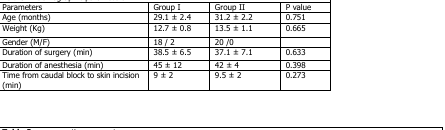
| Parameters | Group I | Group II | P value |
 | --- | --- | --- | --- |
 | Age (months) | 29.1 ± 2.4 | 31.2 ± 2.2 | 0.751 |
 | Weight (Kg) | 12.7 ± 0.8 | 13.5 ± 1.1 | 0.665 |
 | Gender (M/F) | 18 / 2 | 20 /0 |  |
 | Duration of surgery (min) | 38.5 ± 6.5 | 37.1 ± 7.1 | 0.633 |
 | Duration of anesthesia (min) | 45 ± 12 | 42 ± 4 | 0.398 |
 | Time from caudal block to skin incision (min) | 9 ± 2 | 9.5 ± 2 | 0.273 |